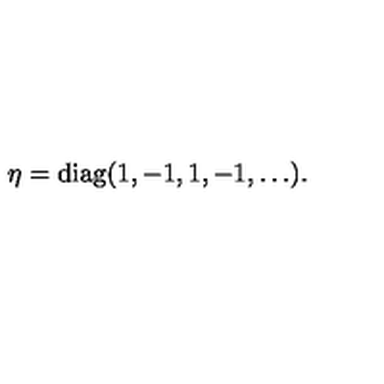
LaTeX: \eta = \mathrm { d i a g } ( 1 , - 1 , 1 , - 1 , \ldots ) .